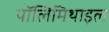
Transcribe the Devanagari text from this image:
पॉलिमिथाइल